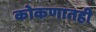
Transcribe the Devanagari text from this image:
कोकणातही